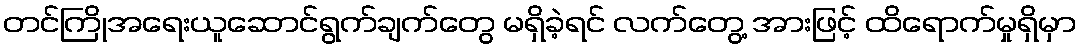
တင်ကြိုအရေးယူဆောင်ရွက်ချက်တွေ မရှိခဲ့ရင် လက်တွေ့ အားဖြင့် ထိရောက်မှုရှိမှာ